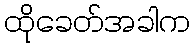
ထိုခေတ်အခါက